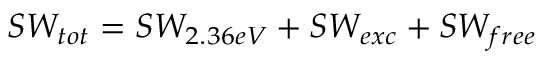
S W _ { t o t } = S W _ { 2 . 3 6 e V } + S W _ { e x c } + S W _ { f r e e }